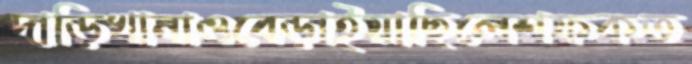
দাড়িখানাওবেড়াইয়াছিলেশফকত